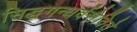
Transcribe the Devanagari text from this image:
सिद्धगन्धर्वसेविते